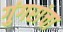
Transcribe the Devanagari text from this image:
गुंगरांचा